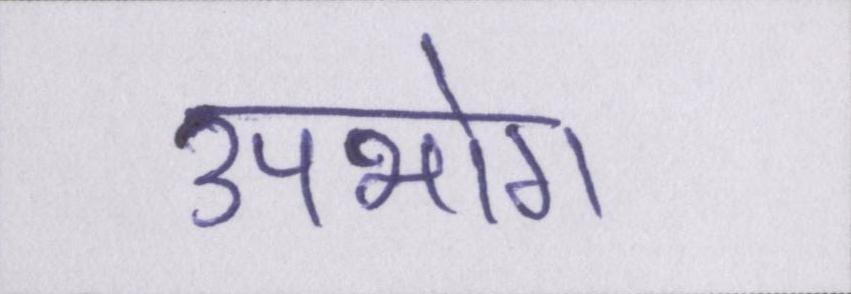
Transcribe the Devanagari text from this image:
उपभोग